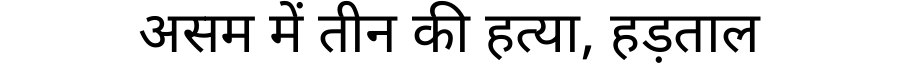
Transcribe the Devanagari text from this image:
असम में तीन की हत्या, हड़ताल